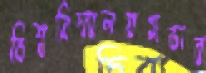
বিশ্ববিদ্যালয়সভার